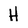
Character: H